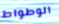
الوطواط